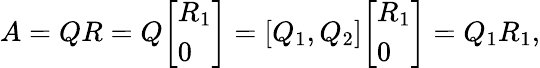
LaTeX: A=QR=Q{\left[\begin{array}{l}{R_{1}}\\ {0}\end{array}\right]}={\left[\begin{array}{l}{Q_{1},Q_{2}}\end{array}\right]}{\left[\begin{array}{l}{R_{1}}\\ {0}\end{array}\right]}=Q_{1}R_{1},